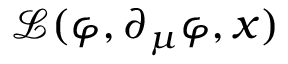
{ \mathcal { L } } ( \varphi , \partial _ { \mu } \varphi , x )